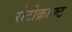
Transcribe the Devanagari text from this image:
रोटोक्राफ्ट